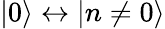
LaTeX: \lvert 0\rangle\leftrightarrow\lvert n\neq 0\rangle